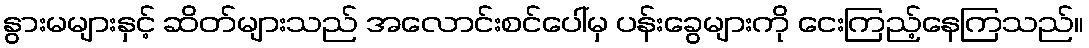
နွားမများနှင့် ဆိတ်များသည် အလောင်းစင်ပေါ်မှ ပန်းခွေများကို ငေးကြည့်နေကြသည်။